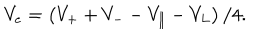
V _ { e } = \left( V _ { + } + V _ { - } - V _ { \| } - V _ { L } \right) / 4 .